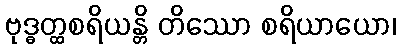
ဗုဒ္ဓတ္ထစရိယန္တိ တိဿော စရိယာယော၊